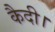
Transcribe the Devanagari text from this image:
कैदी।